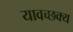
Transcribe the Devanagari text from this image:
यावच्छक्य